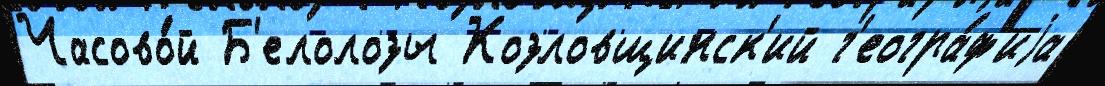
Часово́й Б'елолозы Козловщинск'ий г'еогра́ф'иjа